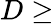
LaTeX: D\geq